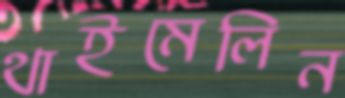
থাইমেলিন